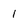
Character: I